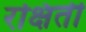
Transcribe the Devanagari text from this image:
रक्षिती